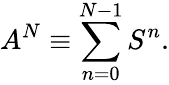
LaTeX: A^{N}\equiv\sum_{n=0}^{N-1}S^{n}.